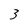
Character: 3